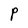
Character: P